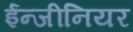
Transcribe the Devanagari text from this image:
ईन्जीनियर